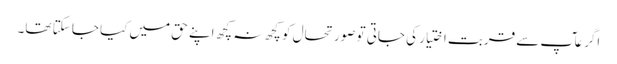
اگر عآپ سے قربت اختیار کی جاتی تو صورتحال کو کچھ نہ کچھ اپنے حق میں کیا جا سکتا تھا۔